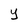
Character: y